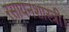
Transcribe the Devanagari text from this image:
रसायनशास्त्री।